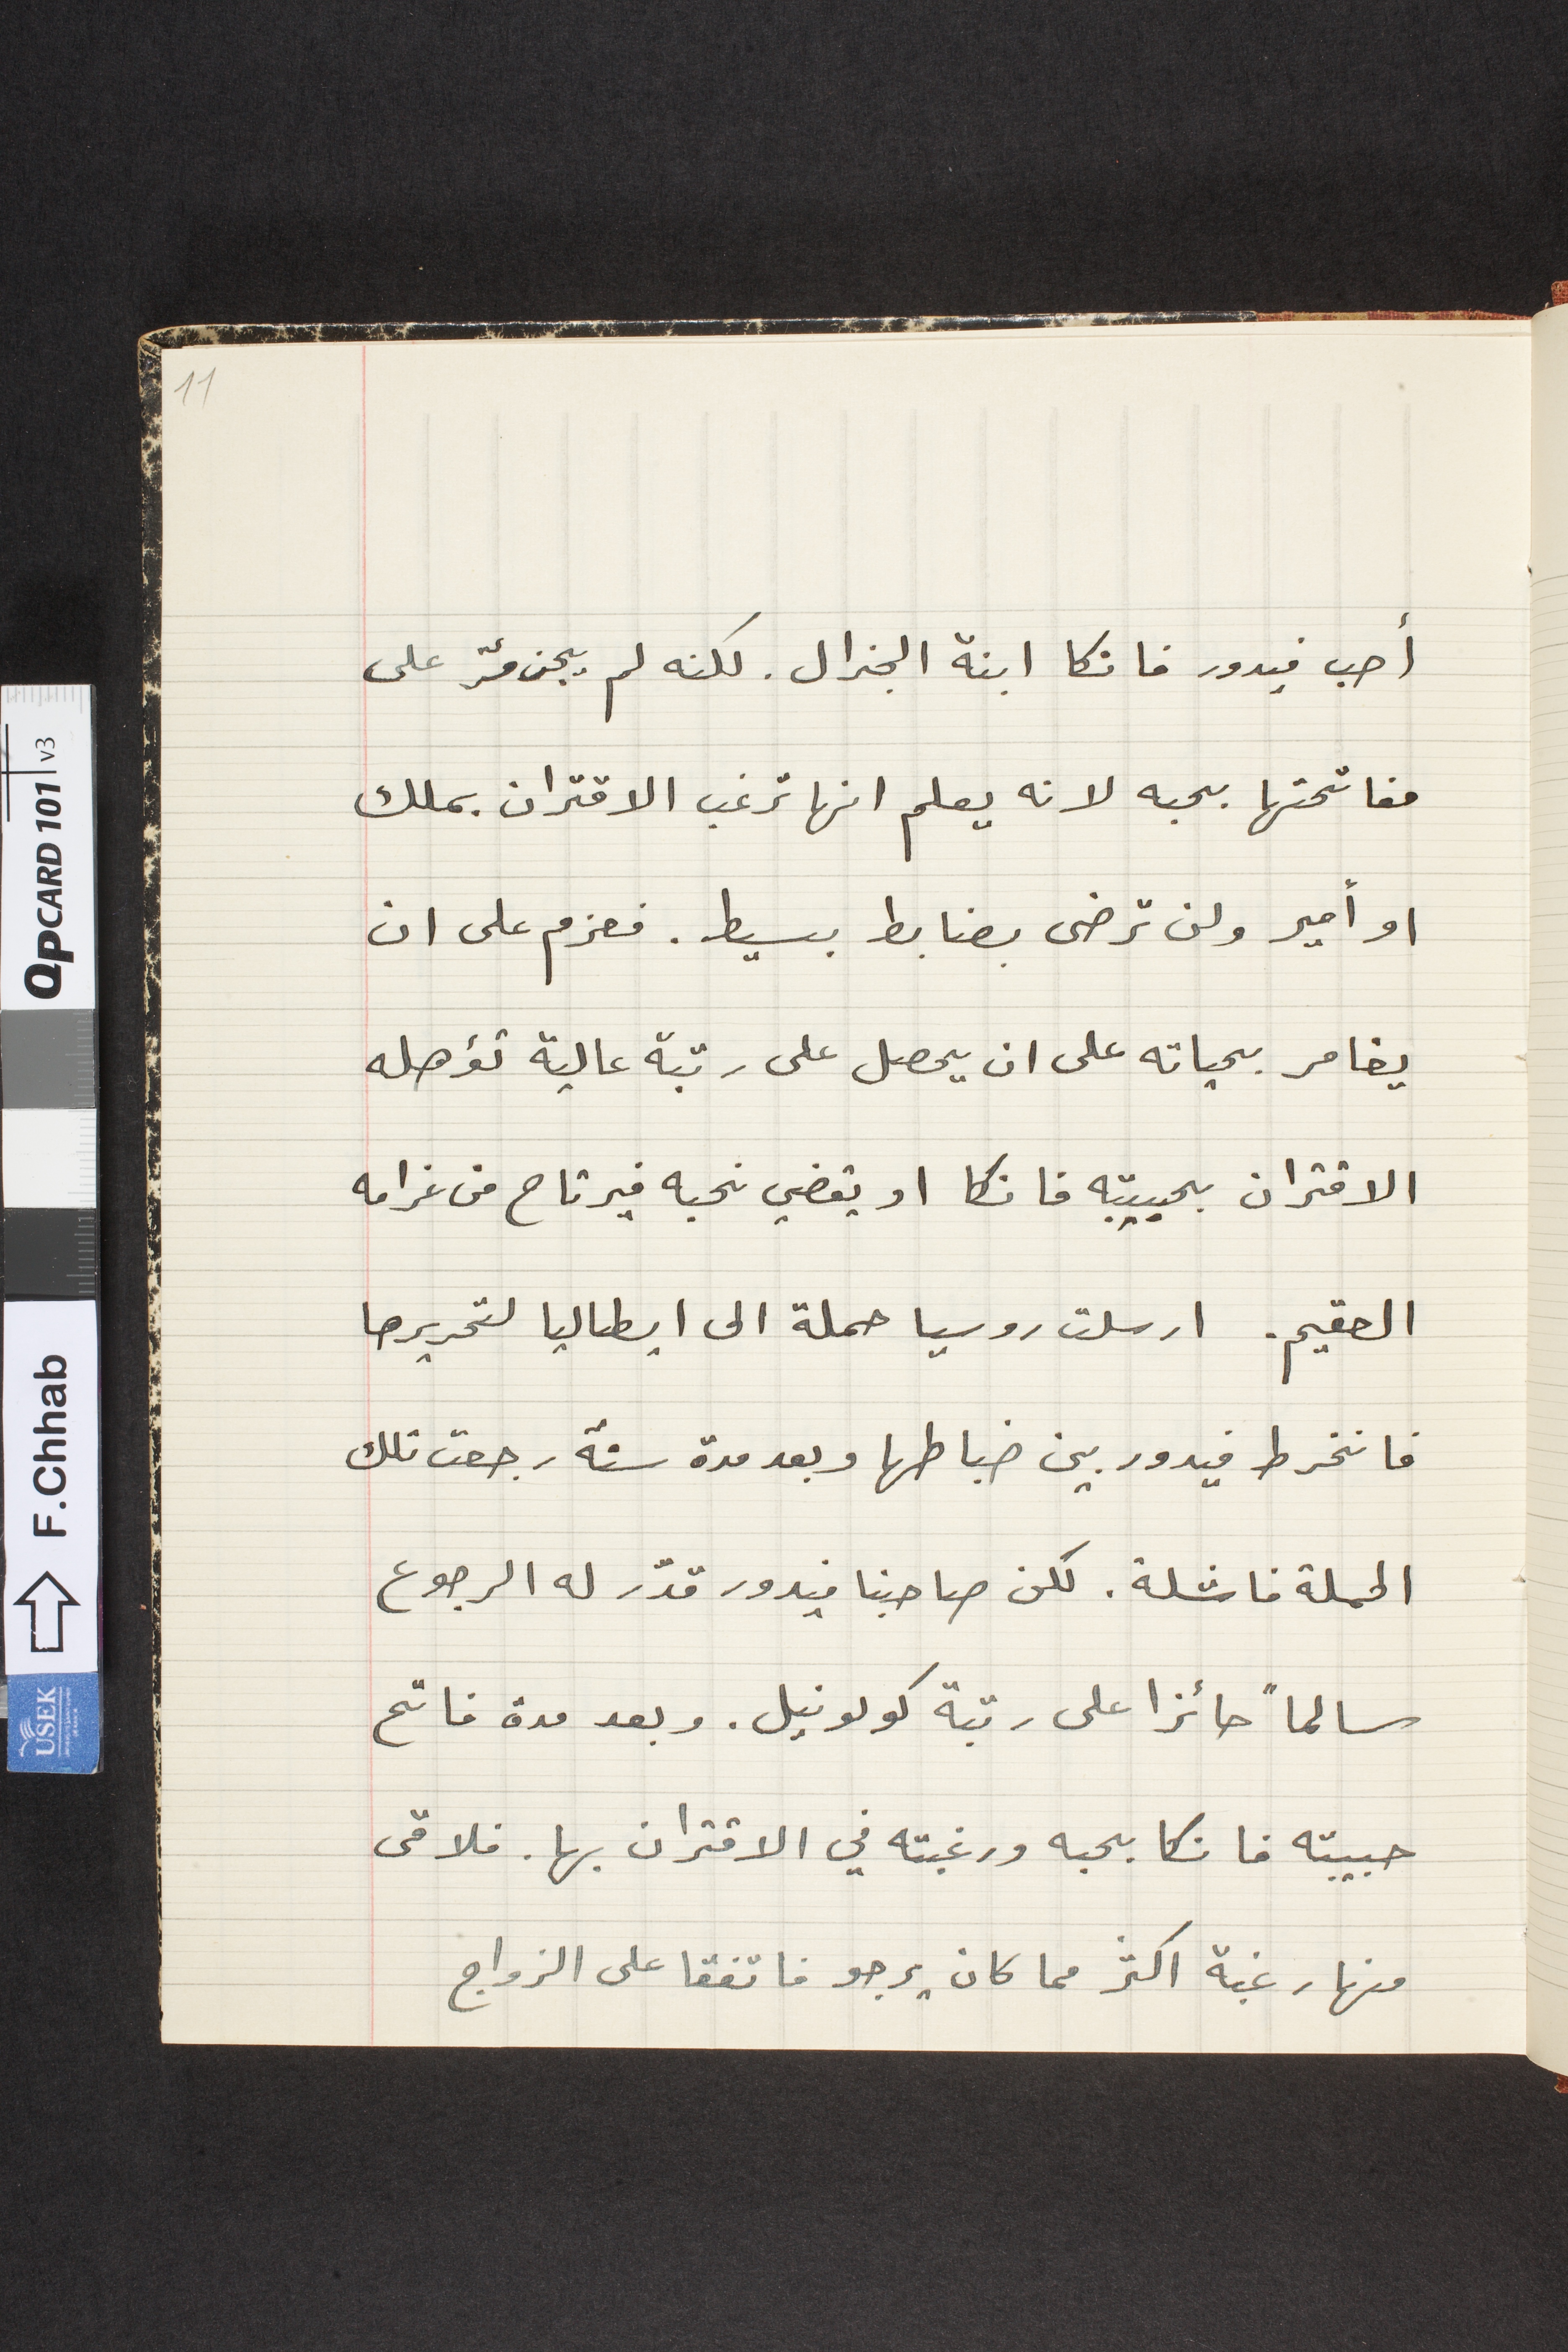
أحب فيدور فانكا ابنة الجنرال. لكنه لم يجرؤ على
مفاتحتها بحبه لانه يعلم انها ترغب الاقتران بملك
او أمير ولن ترضى بضابط بسيط. فعزم على ان
يغامر بحياته على ان يحصل على رتبة عالية تؤهله
الاقتران بحبيبته فانكا او يقضي نحبه فيرتاح من غرامه
العقيم. ارسلت روسيا حملة الى ايطاليا لتحريرها
فانخرط فيدور بين ضباطها وبعد مدة سنة رجعت تلك
الحملة فاشلة. لكن صاحبنا فيدور قدّر له الرجوع
سالماً حائزا على رتبة كولونيل. وبعد مدة فاتح
حبيبته فانكا بحبه ورغبته في الاقتران بها. فلاقى
منها رغبة اكثر مما كان يرجو فاتفقا على الزواج